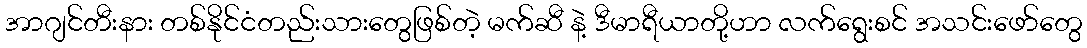
အာဂျင်တီးနား တစ်နိုင်ငံတည်းသားတွေဖြစ်တဲ့ မက်ဆီ နဲ့ ဒီမာရီယာတို့ဟာ လက်ရွေးစင် အသင်းဖော်တွေ